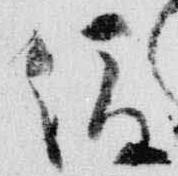
俊